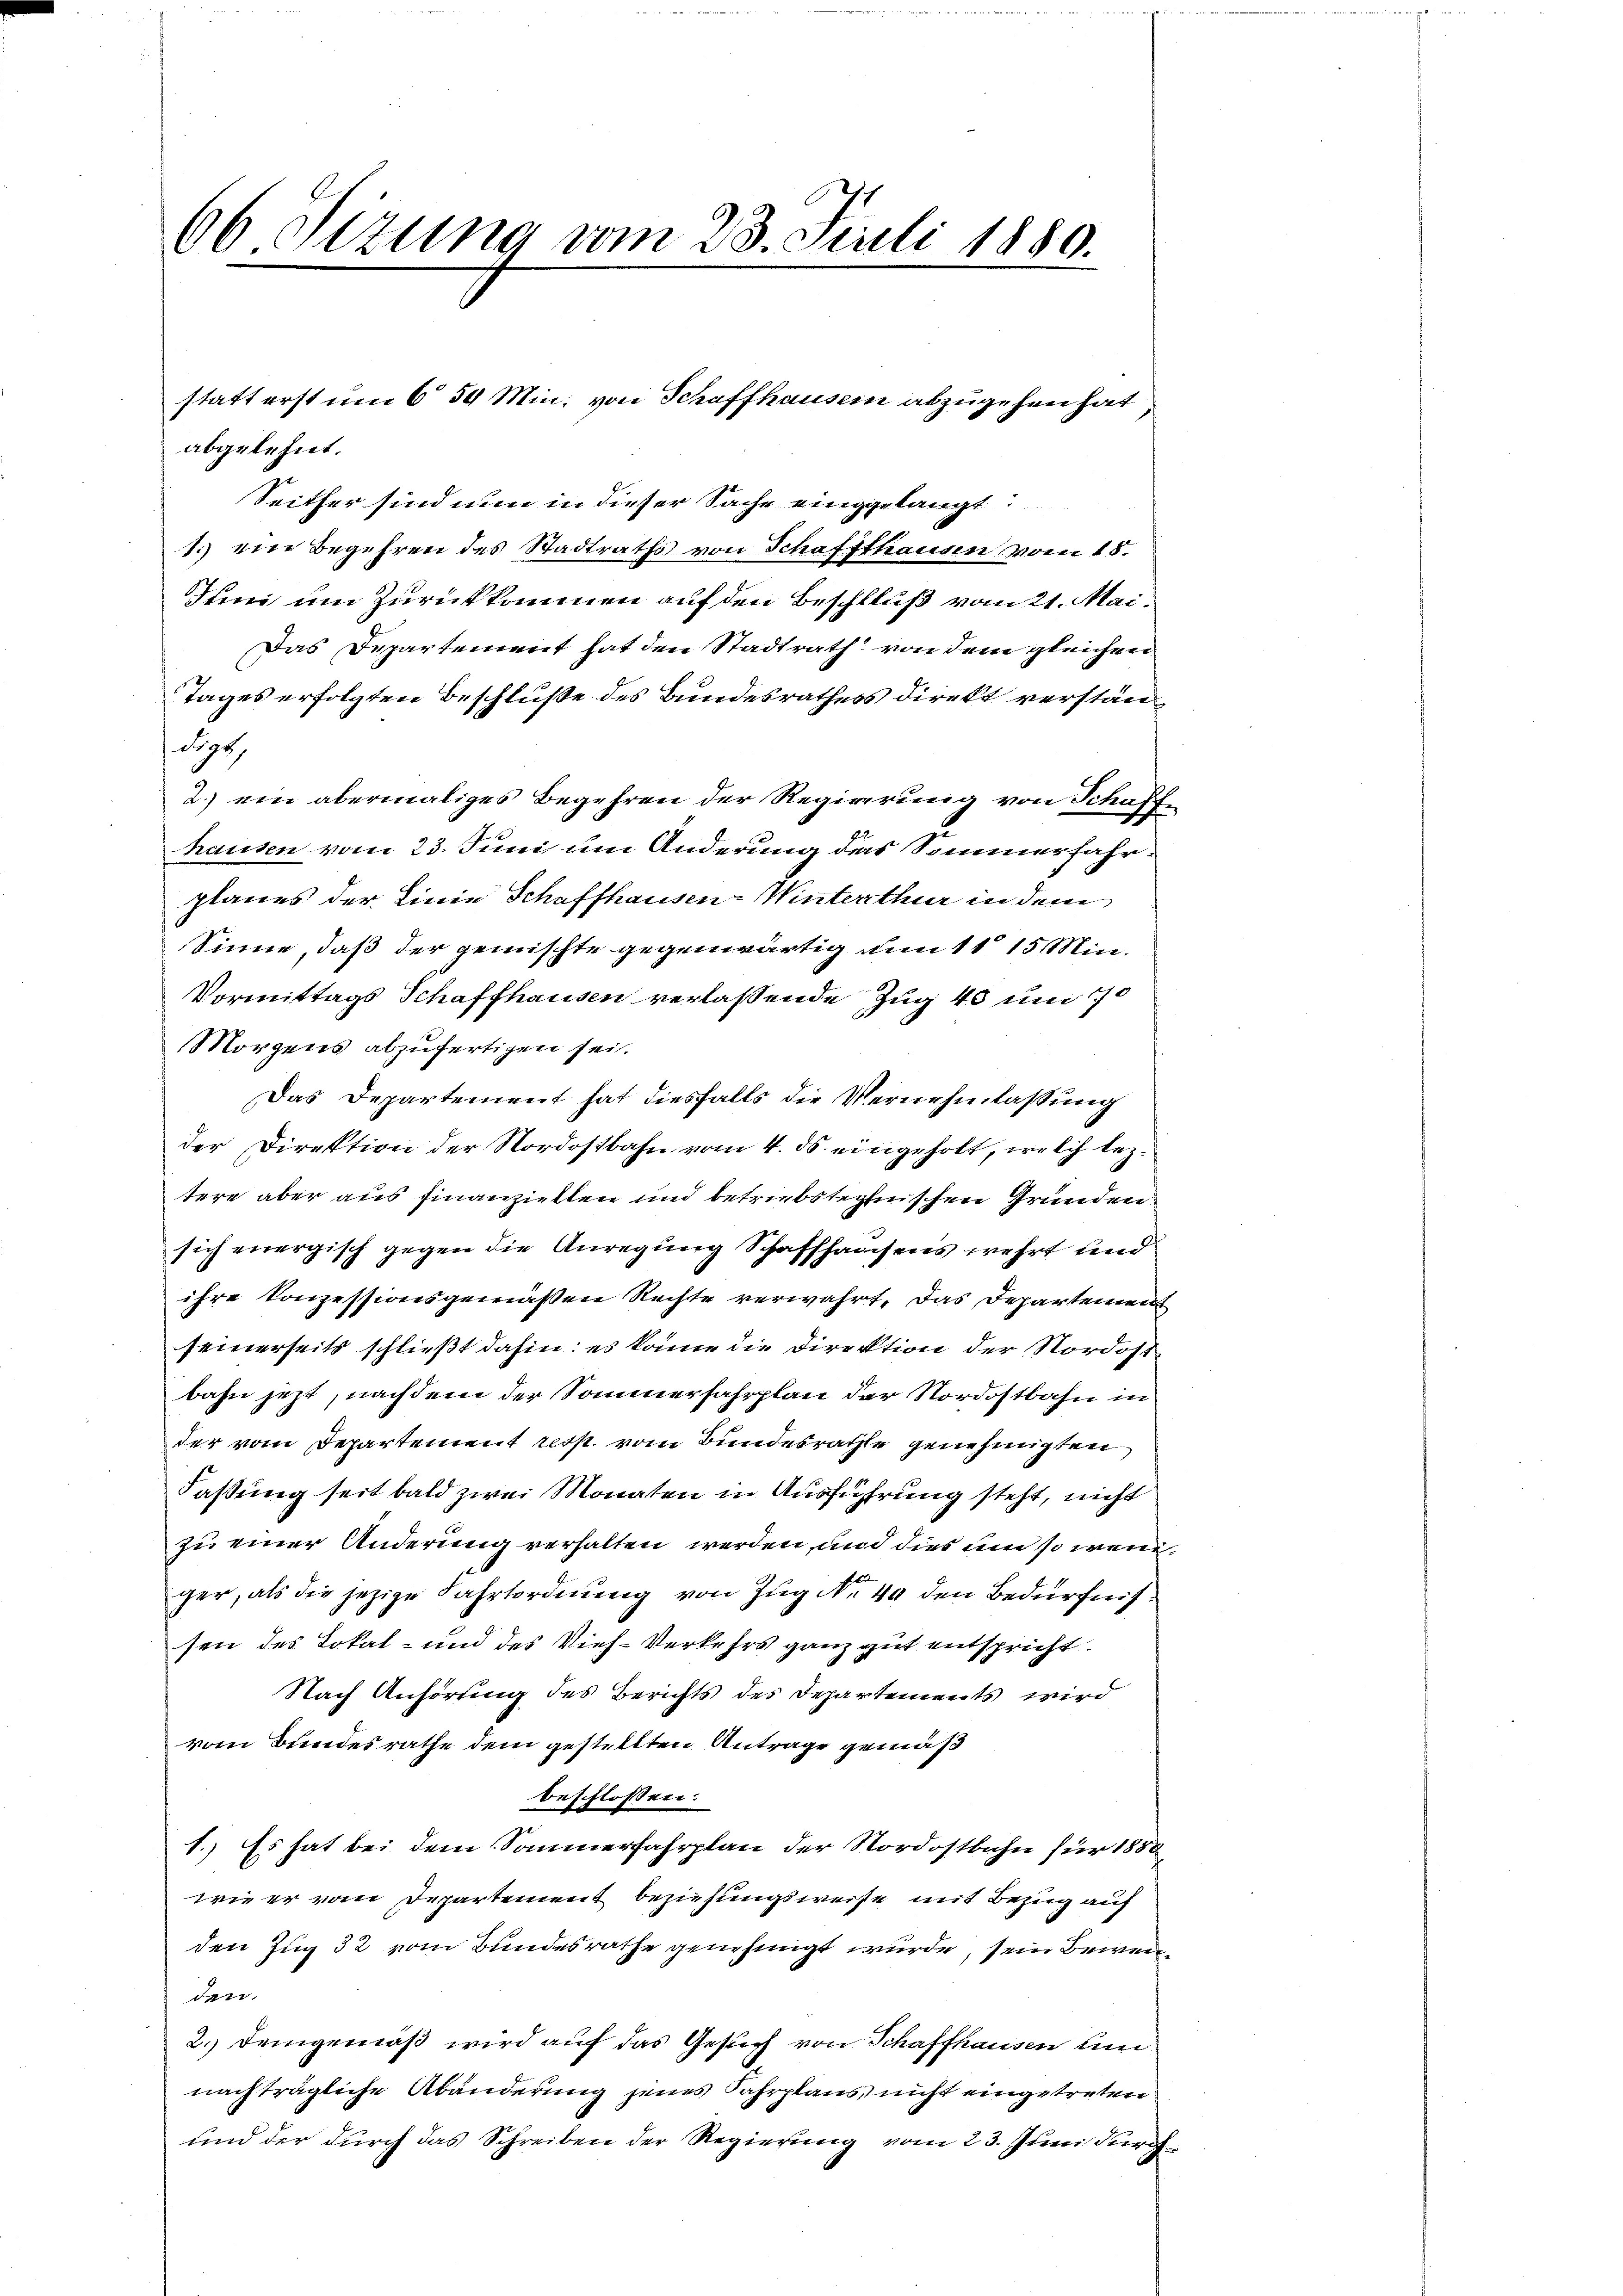
66 Sizung vom 23. Juli 1880.

abgelehnt.
Seither sind nun in dieser Sache einggelangt
1. ein Begehren des Stadtraths von Schaffthausen vom 18.
Juni um Zurückkommen auf den Beschluß vom 21. Mai¬
Das Departement hat den Stadtrath von dem gleichen
Tages erfolgten Beschluße des Bundesrathess direkt verständigt
2.) ein abermaliges Begehren der Regierung von Schaft
hausen vom 23. Juni um Anderung des Sommerfahrplanes der Linie Schaffhausen-Winterthur in dem
Sinne, daß der gemischte gegenwärtig um 11 15 Min¬
Vormittags Schaffhausen verlassende Zug 40 um 10
Morgens abzufertigen sei.
Das Departement hat diesfalls die Vernehmlassung
der Direktion der Nordostbahn vom 4. ds. eingeholt, welch leztere aber aus finanzielten und betriebstechnischen Gründen
sich energisch gegen die Anregung Schaffhausens wehrt sind
ihre Konzessionsgemäßen Rechte verwahrt. Das Departemen
seinerseits schließt dahin: es könne die Direktion der Nordost
bahn jetzt, nachdem der Sommerfahrplan der Nordostbahn in
der vom Departement resp. vom Bundesrathe genehmigten
Fassung seit bald zwei Monaten in Ausführung steht, nicht
zu einer Änderung verhalten werden, und dies um so wenn
ger, als die jezige Fahrtordnung von Zug No 49 den Bedürfnissen des Lokal- und des Vieh-Verkehrs ganz gut entspricht.
Nach Anhörung des Berichts des Departements wird
vom Bundesrathe dem gestellten Antrage gemäß
beschlossen:
1.) Es hat bei dem Sommerfahrplan der Nordostbahn für 1880
wie er vom Departement beziehungsweise mit Bezug auf
den Zug 32 vom Bundesrathe genehmigt wurde, sein Bewei
den.
2.) Demgemäß wird auf das Gesuch von Schaffhausen um
nachträgliche Abänderung jenes Fahrplans, nicht eingetreten
und der durch das Schreiben der Regierung vom 23. Juni durch

statt erst um 6 50 Min. von Schaffhausein abzugehen hat

2

d